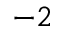
^ { - 2 }